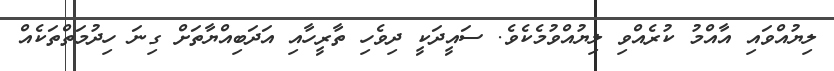
ލިޔުއްވައި އާއްމު ކުރެއްވި ލިޔުއްވުމެކެވެ. ސައީދަކީ ދިވެހި ތާރީހާއި އަދަބިއްޔާތަށް ގިނަ ހިދުމަތްތަކެއް